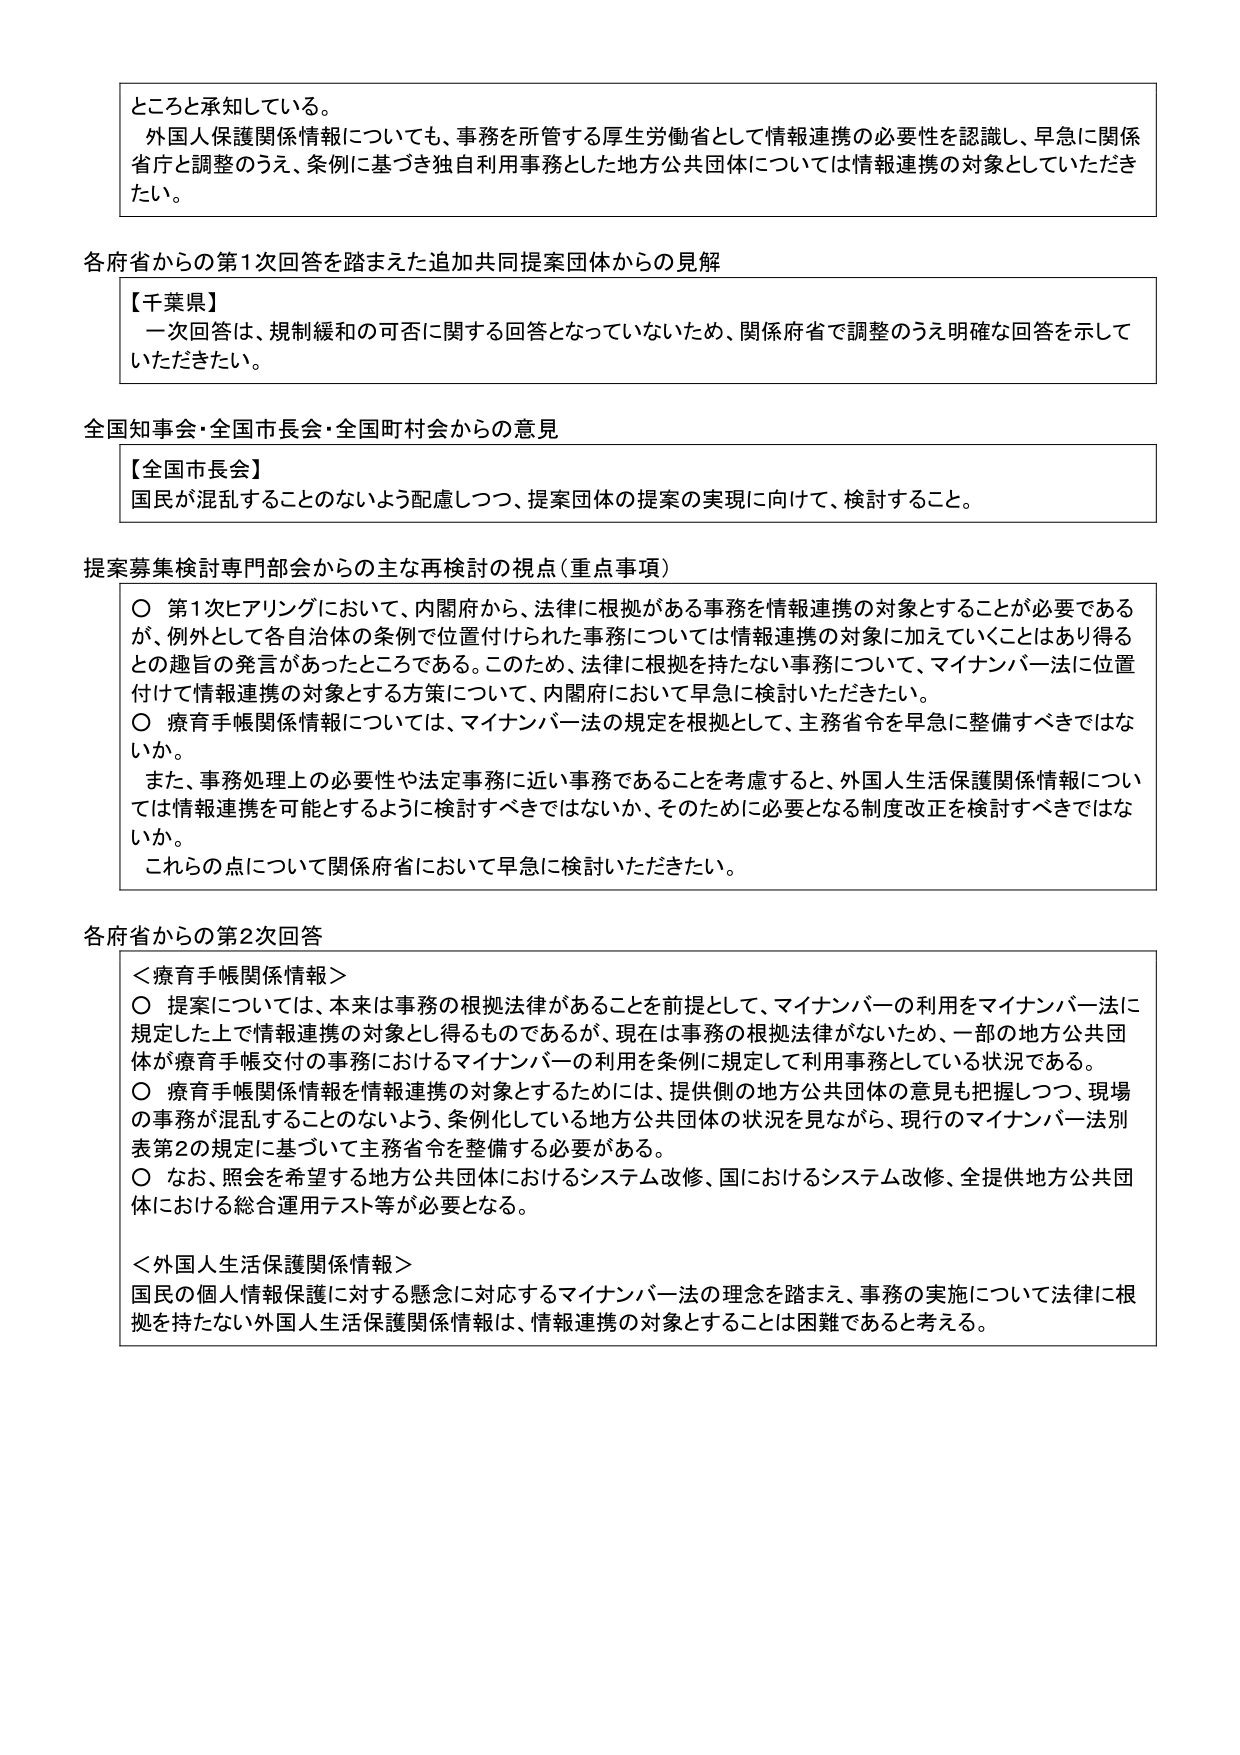
ところと承知している。
外国人保護関係情報についても、事務を所管する厚生労働省として情報連携の必要性を認識し、早急に関係省庁と調整のうえ、条例に基づき独自利用事務とした地方公共団体については情報連携の対象としていただきたい。

各府省からの第1次回答を踏まえた追加共同提案団体からの見解
【千葉県】
一次回答は、規制緩和の可否に関する回答となっていないため、関係府省で調整のうえ明確な回答を示していただきたい。

全国知事会・全国市長会・全国町村会からの意見
【全国市長会】
国民が混乱することのないよう配慮しつつ、提案団体の提案の実現に向けて、検討すること。

提案募集検討専門部会からの主な再検討の視点（重点事項）
〇 第1次ヒアリングにおいて、内閣府から、法律に根拠がある事務を情報連携の対象とすることが必要であるが、例外として各自治体の条例で位置付けられた事務については情報連携の対象に加えていくことはあり得るとの趣旨の発言があったところである。このため、法律に根拠を持たない事務について、マイナンバー法に位置付けて情報連携の対象とする方策について、内閣府において早急に検討いただきたい。
〇 療育手帳関係情報については、マイナンバー法の規定を根拠として、主務省令を早急に整備すべきではないか。
また、事務処理上の必要性や法定事務に近い事務であることを考慮すると、外国人生活保護関係情報については情報連携を可能とするように検討すべきではないか、そのために必要となる制度改正を検討すべきではないか。
これらの点について関係府省において早急に検討いただきたい。

各府省からの第2次回答
＜療育手帳関係情報＞
〇 提案については、本来は事務の根拠法律があることを前提として、マイナンバーの利用をマイナンバー法に規定した上で情報連携の対象とし得るものであるが、現在は事務の根拠法律がないため、一部の地方公共団体が療育手帳交付の事務におけるマイナンバーの利用を条例に規定して利用事務としている状況である。
〇 療育手帳関係情報を情報連携の対象とするためには、提供側の地方公共団体の意見も把握しつつ、現場の事務が混乱することのないよう、条例化している地方公共団体の状況を見ながら、現行のマイナンバー法別表第2の規定に基づいて主務省令を整備する必要がある。
〇 なお、照会を希望する地方公共団体におけるシステム改修、国におけるシステム改修、全提供地方公共団体における総合運用テスト等が必要となる。

＜外国人生活保護関係情報＞
国民の個人情報保護に対する懸念に対応するマイナンバー法の理念を踏まえ、事務の実施について法律に根拠を持たない外国人生活保護関係情報は、情報連携の対象とすることは困難であると考える。